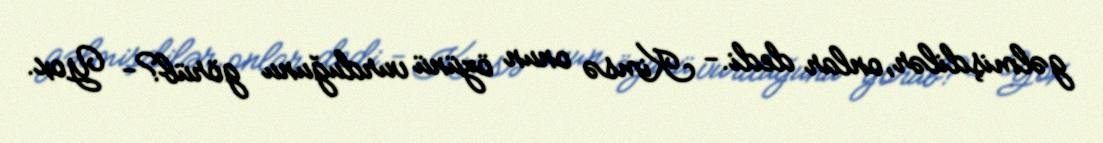
gəlmişdilər, onlar dedi.- Kimsə onun özünü vurduğunu görüb?- Yox.